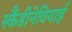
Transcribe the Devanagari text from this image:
स्कैंडीनेवियाई